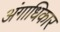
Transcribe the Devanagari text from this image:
अंगाधिकार